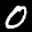
Label: 0